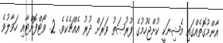
އާންމުގޮތެއްގައި މެޝިނަކީ ކުށްޖެހުމުގެ ފުރުޞަތު ވަރަށް ދުރު އެއްޗެކެވެ. 2. ވޯޓްފޮށްޓާއި ހަވާލުވެ